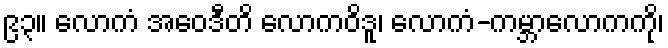
၉၃။ လောကံ အဝေဒီတိ လောကဝိဒူ၊ လောကံ-ကမ္ဘာလောကကို၊